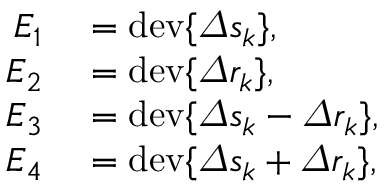
\begin{array} { r l } { E _ { 1 } } & { { } = \mathrm { d e v } \{ \varDelta s _ { k } \} , } \\ { E _ { 2 } } & { { } = \mathrm { d e v } \{ \varDelta r _ { k } \} , } \\ { E _ { 3 } } & { { } = \mathrm { d e v } \{ \varDelta s _ { k } - \varDelta r _ { k } \} , } \\ { E _ { 4 } } & { { } = \mathrm { d e v } \{ \varDelta s _ { k } + \varDelta r _ { k } \} , } \end{array}